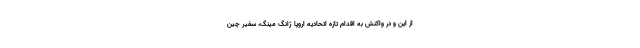
از این و در واکنش به اقدام تازه اتحادیه اروپا ژانگ مینگ، سفیر چین